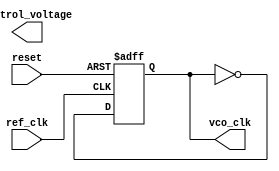
module pll (
    input wire ref_clk,           // Reference clock input
    input wire reset,             // Reset signal
    output reg vco_clk,           // VCO output clock
    output reg [15:0] control_voltage // Control voltage output
);

// Phase Detector
reg phase_error; // Phase error signal

always @(posedge ref_clk or posedge reset) begin
    if (reset) begin
        phase_error <= 0;
    end else begin
        // Compare the phase of the ref_clk and feedback_clk (assumed here)
        // In practice, implement correct phase comparison logic
        // For demonstration, assume direct feedback clock signal
        phase_error <= (vco_clk == ref_clk) ? 0 : 1; // Simple comparison
    end
end

// Charge Pump
reg cp_output; // Current output from the charge pump
always @(posedge ref_clk or posedge reset) begin
    if (reset) begin
        cp_output <= 0;
    end else begin
        // Generate current pulse based on phase error
        if (phase_error) begin
            cp_output <= 1; // Simplified current output
        end else begin
            cp_output <= 0;
        end
    end
end

// Loop Filter
// (Simple first-order filter for illustration)
reg [15:0] filtered_voltage;

always @(posedge ref_clk or posedge reset) begin
    if (reset) begin
        filtered_voltage <= 16'h0000;
    end else begin
        filtered_voltage <= filtered_voltage + cp_output; // Low-pass filtering
    end
end

// Voltage-Controlled Oscillator (VCO)
always @(posedge ref_clk or posedge reset) begin
    if (reset) begin
        vco_clk <= 0;
    end else begin
        // Generate output clock based on tuning voltage (simplified)
        // Actual implementation will vary based on VCO characteristics
        vco_clk <= ~vco_clk; // Toggle for demonstration
    end
end

// Frequency Divider
reg [3:0] divider;
always @(posedge vco_clk or posedge reset) begin
    if (reset) begin
        divider <= 0; // Reset counter
    end else begin
        divider <= divider + 1;
        if (divider == 4'b1111) begin // Divide by 16 for example
            divider <= 0;
            // Feedback to phase detector (not represented here)
        end
    end
end

// Control Logic for memory block interaction (skipped for simplification)
// Control logic would handle calibration and parameter updates

endmodule